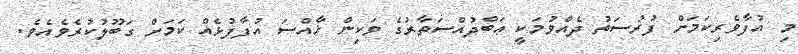
މި އުފާވެރިކަމަށް ފުރުސަތު ދެއްވުމަކީ ޢަބްދުއްސަތާރުގެ ވަކިން ޚާއްސަ އުފާފުޅެއް ކަމަށް ގަބޫލުކުރެވެއެވެ.